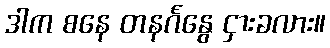
ဒါက စနေ တနင်္ဂနွေ ငှားခလား။